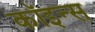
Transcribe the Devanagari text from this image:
कॉइन्स